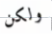
ولكن